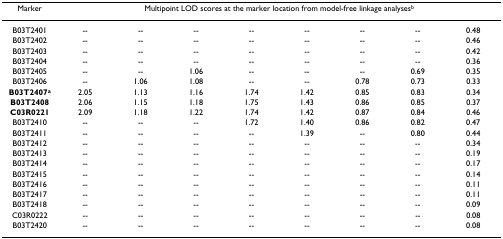
| Marker | <COLSPAN=8> Multipoint LOD scores at the marker location from model-free linkage analysesb |
 | --- | --- | --- | --- | --- | --- | --- | --- | --- |
 | B03T2401 | -- | -- | -- | -- | -- | -- | -- | 0.48 |
 | B03T2402 | -- | -- | -- | -- | -- | -- | -- | 0.46 |
 | B03T2403 | -- | -- | -- | -- | -- | -- | -- | 0.42 |
 | B03T2404 | -- | -- | -- | -- | -- | -- | -- | 0.36 |
 | B03T2405 | -- | -- | 1.06 | -- | -- | -- | 0.69 | 0.35 |
 | B03T2406 | -- | 1.06 | 1.08 | -- | -- | 0.78 | 0.73 | 0.33 |
 | B03T2407a | 2.05 | 1.13 | 1.16 | 1.74 | 1.42 | 0.85 | 0.83 | 0.34 |
 | B03T2408 | 2.06 | 1.15 | 1.18 | 1.75 | 1.43 | 0.86 | 0.85 | 0.37 |
 | C03R0221 | 2.09 | 1.18 | 1.22 | 1.74 | 1.42 | 0.87 | 0.84 | 0.46 |
 | B03T2410 | -- | -- | -- | 1.72 | 1.40 | 0.86 | 0.82 | 0.47 |
 | B03T2411 | -- | -- | -- | -- | 1.39 | -- | 0.80 | 0.44 |
 | B03T2412 | -- | -- | -- | -- | -- | -- | -- | 0.34 |
 | B03T2413 | -- | -- | -- | -- | -- | -- | -- | 0.19 |
 | B03T2414 | -- | -- | -- | -- | -- | -- | -- | 0.17 |
 | B03T2415 | -- | -- | -- | -- | -- | -- | -- | 0.14 |
 | B03T2416 | -- | -- | -- | -- | -- | -- | -- | 0.11 |
 | B03T2417 | -- | -- | -- | -- | -- | -- | -- | 0.11 |
 | B03T2418 | -- | -- | -- | -- | -- | -- | -- | 0.09 |
 | C03R0222 | -- | -- | -- | -- | -- | -- | -- | 0.08 |
 | B03T2420 | -- | -- | -- | -- | -- | -- | -- | 0.08 |